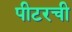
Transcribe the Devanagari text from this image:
पीटरची